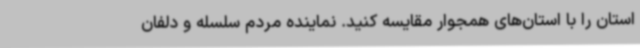
استان را با استان‌های همجوار مقایسه کنید. نماینده مردم سلسله و دلفان